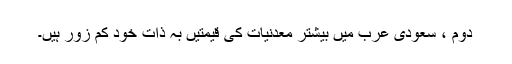
دوم ، سعودی عرب میں بیشتر معدنیات کی قیمتیں بہ ذات خود کم زور ہیں۔